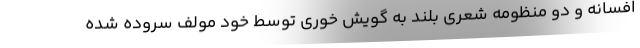
افسانه و دو منظومه شعری بلند به گویش خوری توسط خود مولف سروده شده